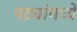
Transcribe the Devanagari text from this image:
पट्यांमध्ये